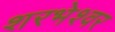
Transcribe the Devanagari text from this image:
शरभेश्वर